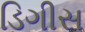
ડિગીસ